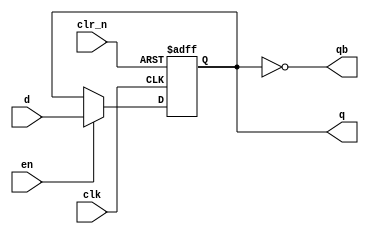
module dff #(parameter Size=8)
	(output reg [Size-1:0] q, output [Size-1:0] qb, input en, clk, clr_n, input [Size-1:0] d);

	always @ (posedge clk or negedge clr_n) begin
		if (~clr_n)
			q = 8'b00000000;
      	else begin
			if(en)
            	q = d;
		end
	end
	assign qb = ~q;

endmodule
module register #(parameter Size=8)
   (output reg [Size-1:0] q0, q1, q2, q3, input en0, en1, en2, en3, clk, clr_n, input [Size-1:0] d);

   dff #(Size) u0 (.q(q0), .qb(), .en(en0), .clk(clk), .clr_n(clr_n), .d(d));
   dff #(Size) u1 (.q(q1), .qb(), .en(en1), .clk(clk), .clr_n(clr_n), .d(d));
   dff #(Size) u2 (.q(q2), .qb(), .en(en2), .clk(clk), .clr_n(clr_n), .d(d));
   dff #(Size) u3 (.q(q3), .qb(), .en(en3), .clk(clk), .clr_n(clr_n), .d(d));

endmodule